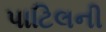
પાટિલની